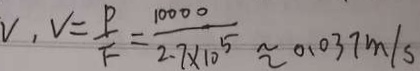
V , V = \frac { P } { F } = \frac { 1 0 0 0 0 } { 2 . 7 \times 1 0 ^ { 5 } } \approx 0 . 0 3 7 m / s